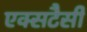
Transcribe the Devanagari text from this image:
एक्सटैसी